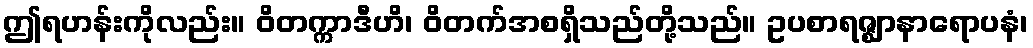
ဤရဟန်းကိုလည်း။ ဝိတက္ကာဒီဟိ၊ ဝိတက်အစရှိသည်တို့သည်။ ဥပစာရဇ္ဈာနာရောပနံ၊